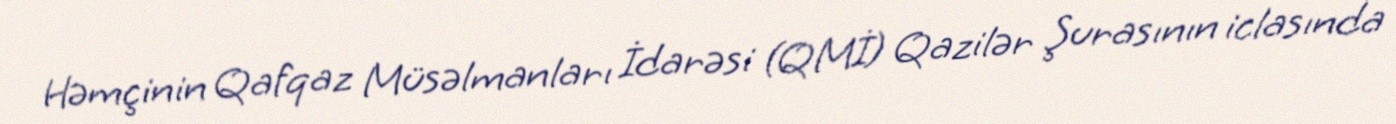
Həmçinin Qafqaz Müsəlmanları İdarəsi (QMİ) Qazilər Şurasının iclasında